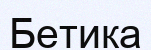
Бетика